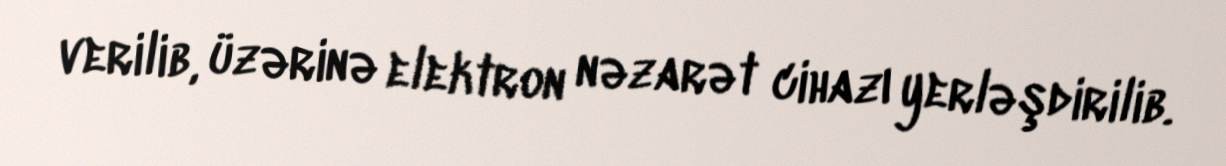
verilib, üzərinə elektron nəzarət cihazı yerləşdirilib.